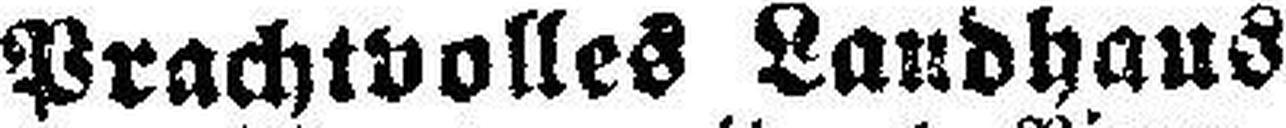
Prachtvolles Landhaus